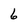
Character: 6